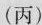
(丙)